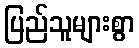
ပြည်သူများစွာ